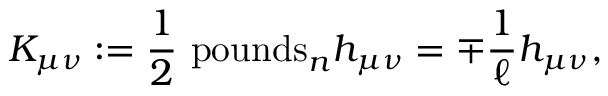
K _ { \mu \nu } : = \frac { 1 } { 2 } \mathrm { \ p o u n d s } _ { n } h _ { \mu \nu } = \mp \frac { 1 } { \ell } h _ { \mu \nu } ,